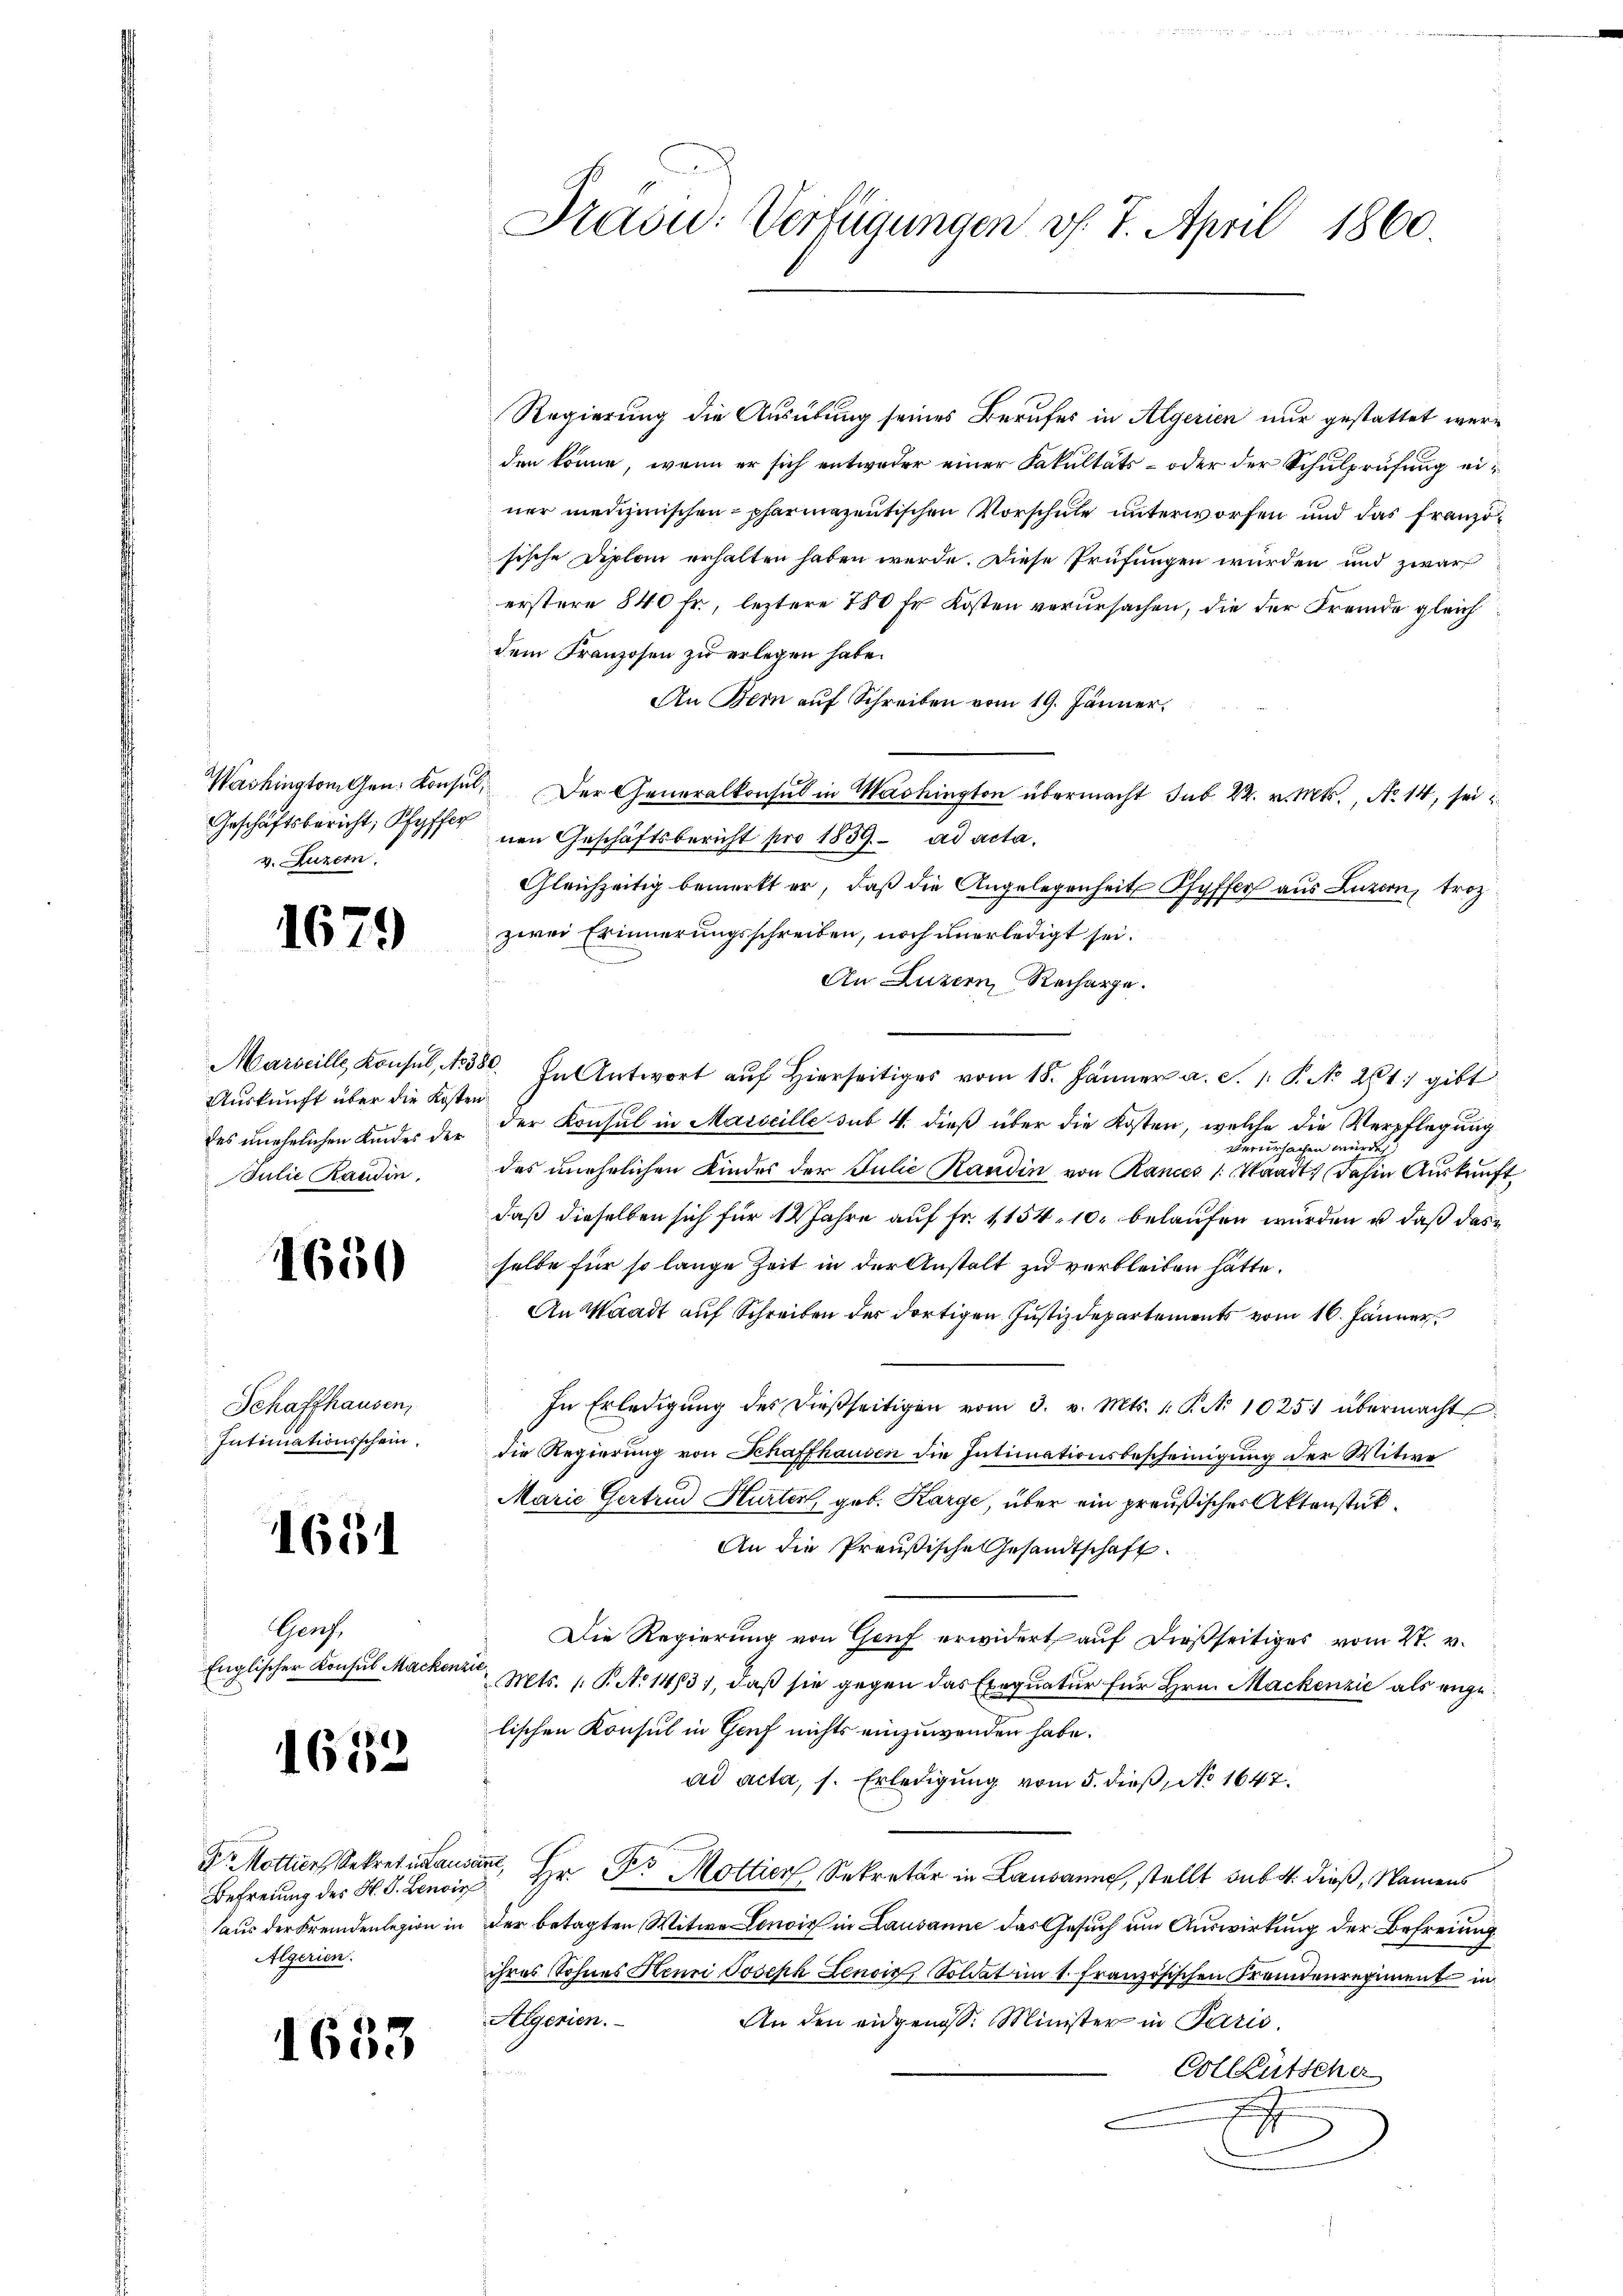
Geschäftsbericht, Pfyffer
v. Luzern.

1679

Auskunft über die Kosten.
des unehelichen Kindes der
Julie Raudin.

1650

Schaffhausen,
Intimationsschein.

1651

Gerz.
Englischer Konsul Macker

1632

Befreiung des H. S. Lenois
Algerien.

1653

Regierung die Ausübung seines Berufes in Algerien nur gestattet werden könne, wenn er sich entweder einer Fakultäts- oder der Schulprufung einer medizinischen pharmazentischen Vorschule unterworfen und das französische Diplom erhalten haben werde. Diese Prüfungen würden und zwar
erstere 840 Fr., leztere 780 Fr. Kosten verursachen, die der Fremde gleich
dem Franzosen zu erlegen habe.
An Bern auf Schreiben vom 19. Jänner
Washington Gen. Konsul, Der Generalkonsul in Washington übermacht sub 22. v. Mts., No. 14, sei
nen Geschäftsbericht pro 1839. ad acta.
Gleichzeitig bemerkt er, daß die Angelegenheit Pfyffer aus Luzern, troz
zwei Erinnerungsschreiben, noch unerledigt sei.
An Luzern Recharge.
Marseille Konsul, N. 350. In Antwort aŭf hierseits vom 18. Jänner a. S. 1. P. No 261. gibt
der Konsul in Marseille sub 4. dieß über die Kosten, welche die Verpflegung
verursachen würde,
des unehrlichen Kindes der Julie Kandin von Rances (Staadt, dahin Auskunft
daß dieselben sich für 12 Jahre auf Fr. 1154. 10. belaufen wurden u. daß das
selbe für so lange Zeit in der Anstalt zu verbleiben hätte.
An Waadt auf Schreiben der dortigen Justizdepartements vom 16. Jänner
In Erledigŭng des dießseitigen vom 3. v. Mts. 1. P. No 1025 übermacht
die Regierung von Schaffhausen die Intimationsbescheinigung der Witwe
Marie Gertrud Hurten, geb. Karge, über ein preußisches Aktenstük¬
An die Preußische Gesandtschaft
Die Regierung von Genf erwidert auf dießseitiges vom 27. v.
l
Mts. (T. No 1413), daß sie gegen das Exequatur für Hrn. Mackenzić als engelischen Konsul in Genf nichts einzuwenden habe.
ad acta, s. Erledigung vom 5. dieß, No 1647.
Dr. Mottier Sekretianiant, Hr. Dr Mottier Sekretär in Lausanne, stellt sub. 4. dieß, Namens
aus der Fremdenlegion in der betagten Witwe Lonoir in Lausanne das Gesuch um Auswirkung der Befreiung
ihres Sohnes Henri Joseph Lenois Soldat im 1. Französischen Fremdenregiment in
Algerien.
An den eidgenoss. Minister in Paris,
Colleütscher

Präsu: Verfügungen v. 7. April 1860.